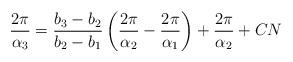
LaTeX: \begin{align*} \frac{2\pi}{\alpha_3} = \frac{b_3 -b_2}{b_2-b_1} \left(\frac{2\pi}{\alpha_2}- \frac{2\pi}{\alpha_1}\right) + \frac{2\pi}{\alpha_2} + C N\end{align*}